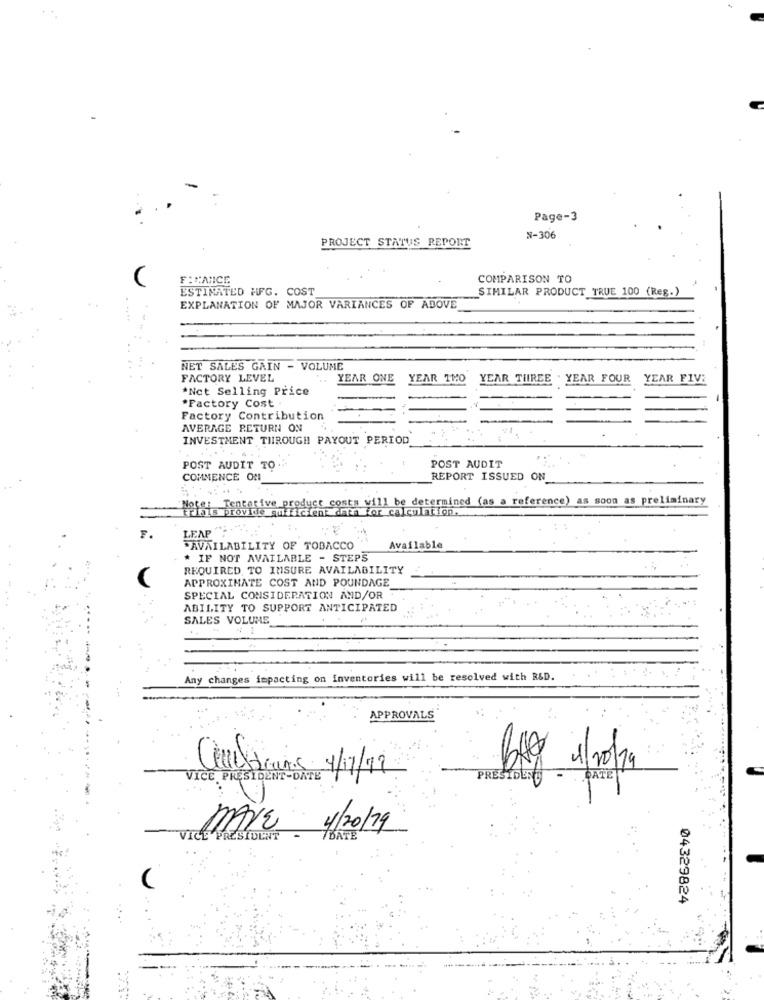
Page-3
PROJECT STATUS REPORT
N-306
F: C:ANICE
COMPARISON TO
ESTIMATED HFG. COST
SIMILAR PRODUCT TRUE 100 (Reg.)
EXPLANATION OF MAJOR VARIANCES OF ABOVE
NET SALES GAIN - VOLUME
FACTORY LEVEL
YEAR ONE
YEAR 1120
YEAR THREE
YEAR FOUR
YEAR FIVE
*Nct Selling Price
*Factory Cost
Factory Contribution
AVERAGE RETURN ON
INVESTMENT THROUGH PAYOUT PERIOD
..... ...
POST AUDIT TO
POST AUDIT
COMMENCE ON
REPORT ISSUED ON
Noteis Tencesive product costa will be determined (as a reference) as soon as preliminary
ent dara for calculation.
LEAP ";
"AVAILABILITY OF TOBACCO
Available
* IF NOT AVAILABLE - STEPS
REQUIRED, TO IMSURE AVAILABILITY
APPROXIMATE COST AND POUNDAGE
SPECIAL CONSIDERATION AND/OR
ABILITY TO SUPPORT ANTICIPATED
SALES VOLUME
Any changes impacting on inventories will be resolved with R&D.
APPROVALS
VICE PRESIDENT -DATI
LAS 4/7/19.
PRESIDEN
DATE
MAYE 4/20/79
VICE PRESIDENT
04329824